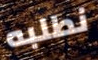
نطلبه